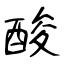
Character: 酸